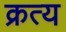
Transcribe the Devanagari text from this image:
क्रत्य